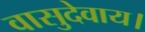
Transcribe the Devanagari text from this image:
वासुदेवाय।